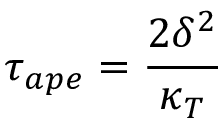
\tau _ { a p e } = \frac { 2 \delta ^ { 2 } } { \kappa _ { T } }